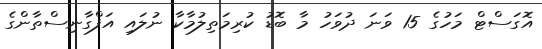
އޮގަސްޓް މަހުގެ 15 ވަނަ ދުވަހު މާ ބޮޑު ކުރިމަތިލުމާކާ ނުލައި އަފްގާނިސްތާންގެ